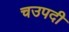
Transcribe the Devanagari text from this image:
चउपदी